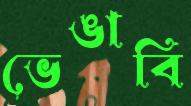
ভেঙাবি